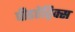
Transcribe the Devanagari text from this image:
पीडऐट्रिक्स